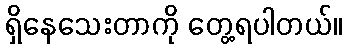
ရှိနေသေးတာကို တွေ့ရပါတယ်။